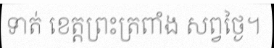
ទាត់ ខេត្តព្រះត្រពាំង សព្វថ្ងៃ។